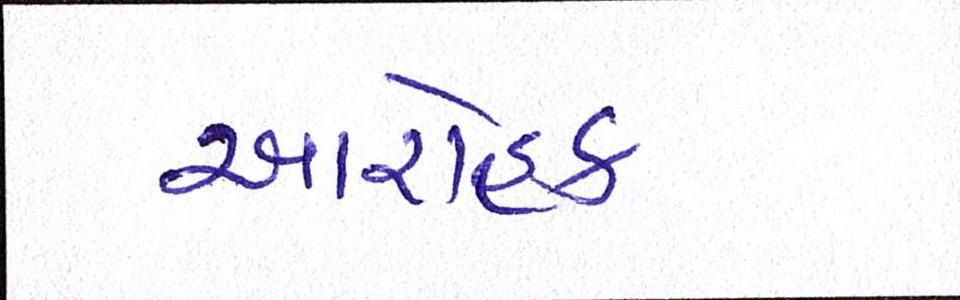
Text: આરોહક